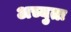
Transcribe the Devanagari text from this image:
अच्युतः